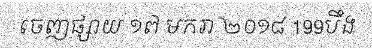
ចេញផ្សាយ ១៧ មករា ២០១៨ 199បឹង